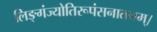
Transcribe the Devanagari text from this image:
लिङ्गंज्योतिरूपंसनातनम्।